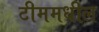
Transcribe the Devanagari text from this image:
टीममधील